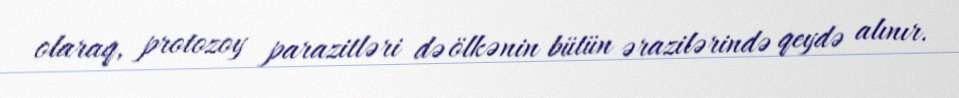
olaraq, protozoy parazitləri də ölkənin bütün ərazilərində qeydə alınır.